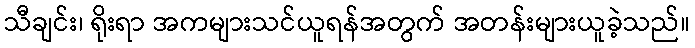
သီချင်း၊ ရိုးရာ အကများသင်ယူရန်အတွက် အတန်းများယူခဲ့သည်။